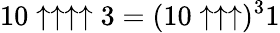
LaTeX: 10\uparrow\uparrow\uparrow\uparrow 3=(10\uparrow\uparrow\uparrow)^{3}1